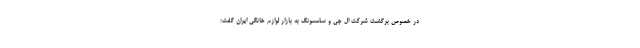
در خصوص برگشت شرکت ال جی و سامسونگ به بازار لوازم خانگی ایران گفت: